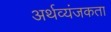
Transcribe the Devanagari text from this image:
अर्थव्यंजकता